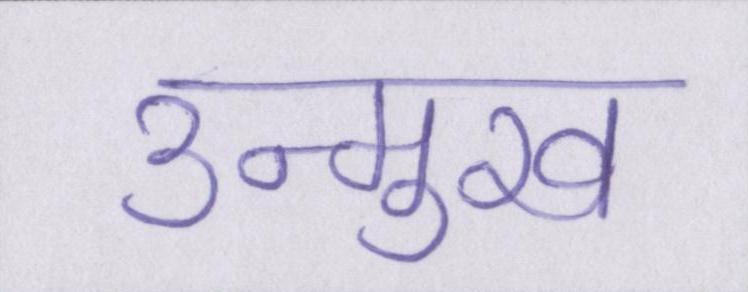
उन्मुख